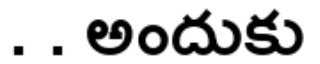
. . అందుకు